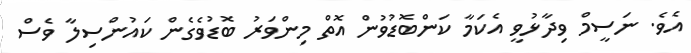
އެވެ. ނަސީމް ވިދާޅުވީ އެކަމާ ކަންބޮޑުވުން އޮތް މިންވަރު ބޮޑުވެގެން ކައުންސިލާ ވެސް